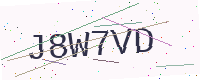
Text: J8W7VD